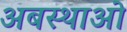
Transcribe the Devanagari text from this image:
अबस्थाओ